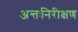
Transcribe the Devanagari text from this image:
अन्तःनिरीक्षण